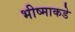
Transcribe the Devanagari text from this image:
भीष्माकडे